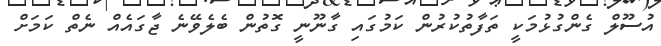
އުސޫލް ގެންގުޅުމަކީ ތަފާތުކުރުން ކަމުގައި ގާނޫނީ ގޮތުން ބެލެވޭނެ ޖާގައެއް ނެތް ކަމަށް